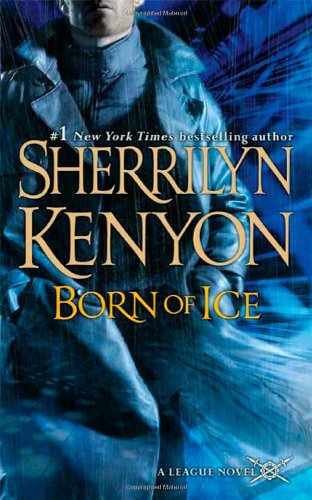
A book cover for Born of Ice (League, No 3); Sherrilyn Kenyon; Romance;